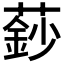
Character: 𮑍